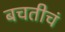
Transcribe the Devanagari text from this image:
बचतीचं